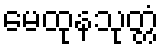
မေထုနသုတ္တံ